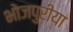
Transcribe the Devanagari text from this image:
भोजपुरीया